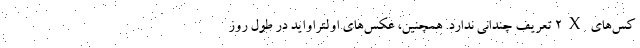
کس‌های 2X تعریف چندانی ندارد. همچنین، عکس‌های اولتراواید در طول روز